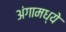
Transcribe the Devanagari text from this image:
अंगामध्ये